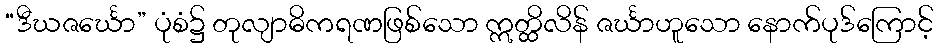
“ဒီဃဇင်္ဃော” ပုံစံ၌ တုလျာဓိကရဏဖြစ်သော ဣတ္ထိလိန် ဇင်္ဃာဟူသော နောက်ပုဒ်ကြောင့်